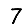
Digit: 7